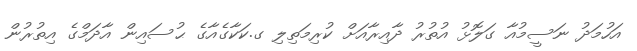
އަހުމަދު ނަސީމުއާ ގަލޮޅު އުތުރު ދާއިރާއަށް ކުރިމަތިލި ގ.ކަކާގެއާގެ ޙުސައިން އާދަމްގެ އިތުރުން